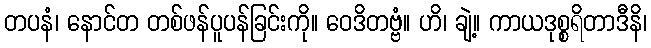
တပနံ၊ နောင်တ တစ်ဖန်ပူပန်ခြင်းကို။ ဝေဒိတဗ္ဗံ။ ဟိ၊ ချဲ့။ ကာယဒုစ္စရိတာဒီနိ၊